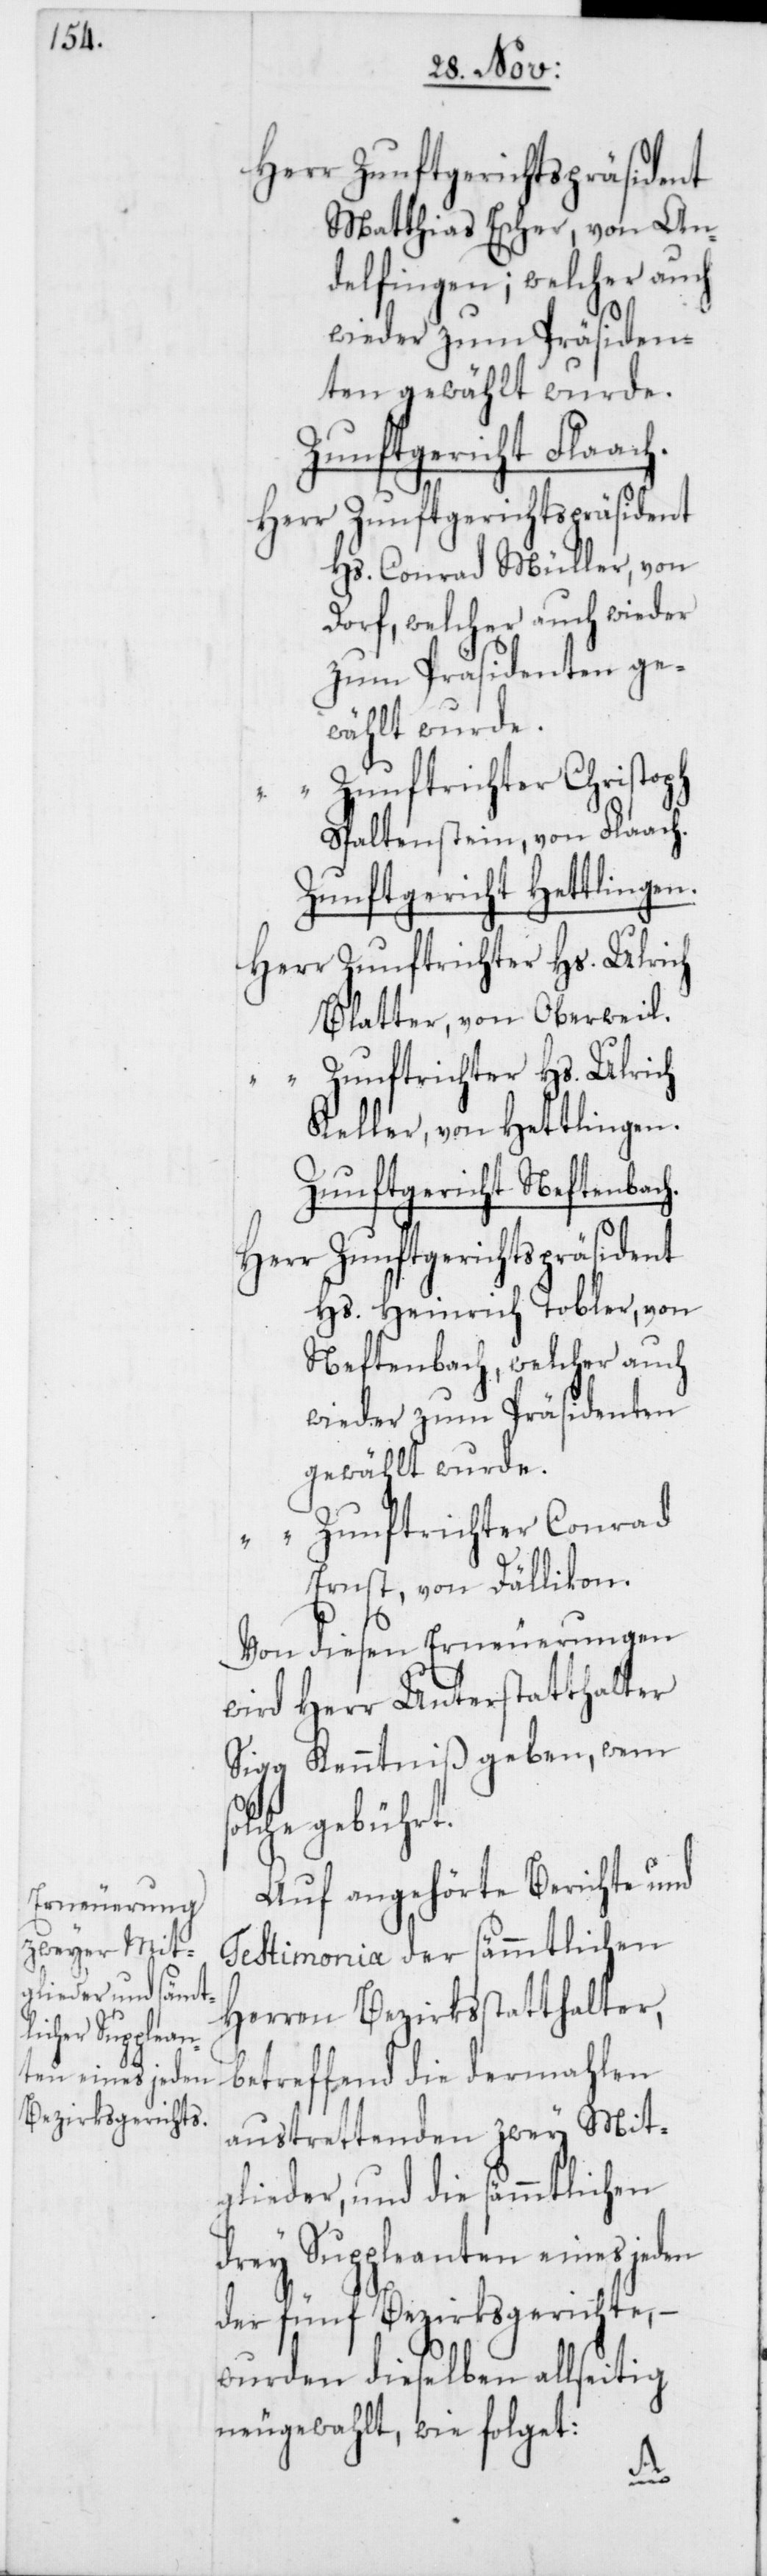
Matthias Escher, von An¬
delfingen; welcher auch
wieder zum Präsiden¬
ten gewählt wurde.
Zunftgericht Flaach.
Herr Zunftgerichtspräsident
Hs. Conrad Müller, von
Dorf, welcher auch wieder
zum Präsidenten ge¬
wählt wurde.
“ Zunftrichter Christoph
Spaltenstein, von Flaach.
Zunftgericht Hettlingen.
Herr Zunftrichter Hs. Ulrich
Blatter, von Oberweil.
Zunftrichter Hs. Ulrich
Keller, von Hettlingen.
Zunftgericht Neftenbach.
Hs. Heinrich Tobler, von
Neftenbach, welcher auch
wieder zum Präsidenten
gewählt wurde.
rad
“ Zunftrichter Con¬
Ernst, von Dällikon.
Von diesen Erneuerungen
wird Herr Unterstatthalter
Sigg Kenntniß geben, wem
lche gebührt.
Auf angehörte Berichte und
Testimonia der sämmtlichen
Herren Bezirksstatthalter,
betreffend die dermahlen
austrettenden zwey Mit¬
glieder, und die sämmtlichen
drey Suppleanten eines jeden
der fünf Bezirksgerichte, –
wurden dieselben allseitig
neugewählt, wie folget:
so¬